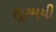
સૂરમયી